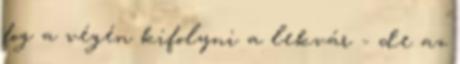
fog a végén kifolyni a lekvár - de az